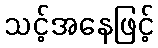
သင့်အနေဖြင့်